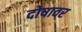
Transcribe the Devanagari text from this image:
दोषावर